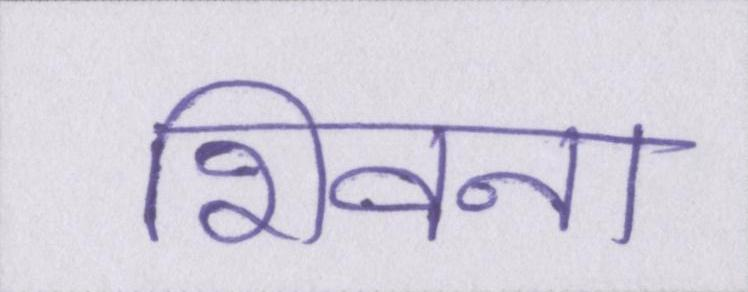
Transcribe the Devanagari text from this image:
शिवना